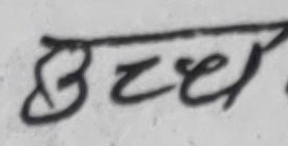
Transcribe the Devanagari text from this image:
उच्च